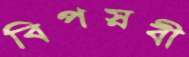
বিপস্নবী